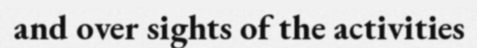
and over sights of the activities